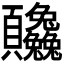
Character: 𬱒